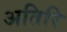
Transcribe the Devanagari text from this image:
अतिरि